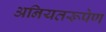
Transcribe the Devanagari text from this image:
अनियतरूपेण